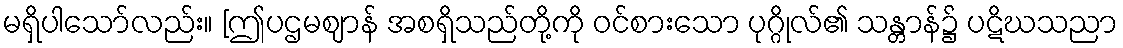
မရှိပါသော်လည်း။ [ဤပဌမဈာန် အစရှိသည်တို့ကို ဝင်စားသော ပုဂ္ဂိုလ်၏ သန္တာန်၌ ပဋိဃသညာ